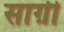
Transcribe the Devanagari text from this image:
साग़ी